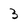
Character: 3